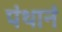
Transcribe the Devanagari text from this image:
पंथानं